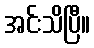
အင်းသိပြီ။